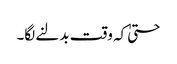
حتیٰ کہ وقت بدلنے لگا۔